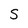
Character: S